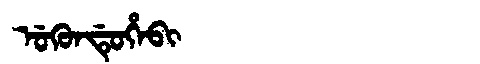
Manchu: ᡠᡴᡠᠨᡩᡠᡥᡝᠪᡳ
Romanization: UKUNDUHEBI